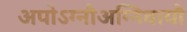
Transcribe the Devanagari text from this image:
अपोऽग्नौअग्निवायौ